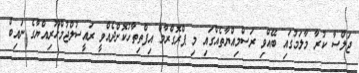
ޖަލްސާ ކުރާ މާލަމުގައި ބޭއްވި ރަސްމިއްޔާތެއްގައި މި ޕްރޮގްރާމް އިފްތިތާހުކޮށްދެއްވީ ރައީސުލްޖުމްހޫރިއްޔާގެ ނައިބް